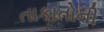
તાકાતોની